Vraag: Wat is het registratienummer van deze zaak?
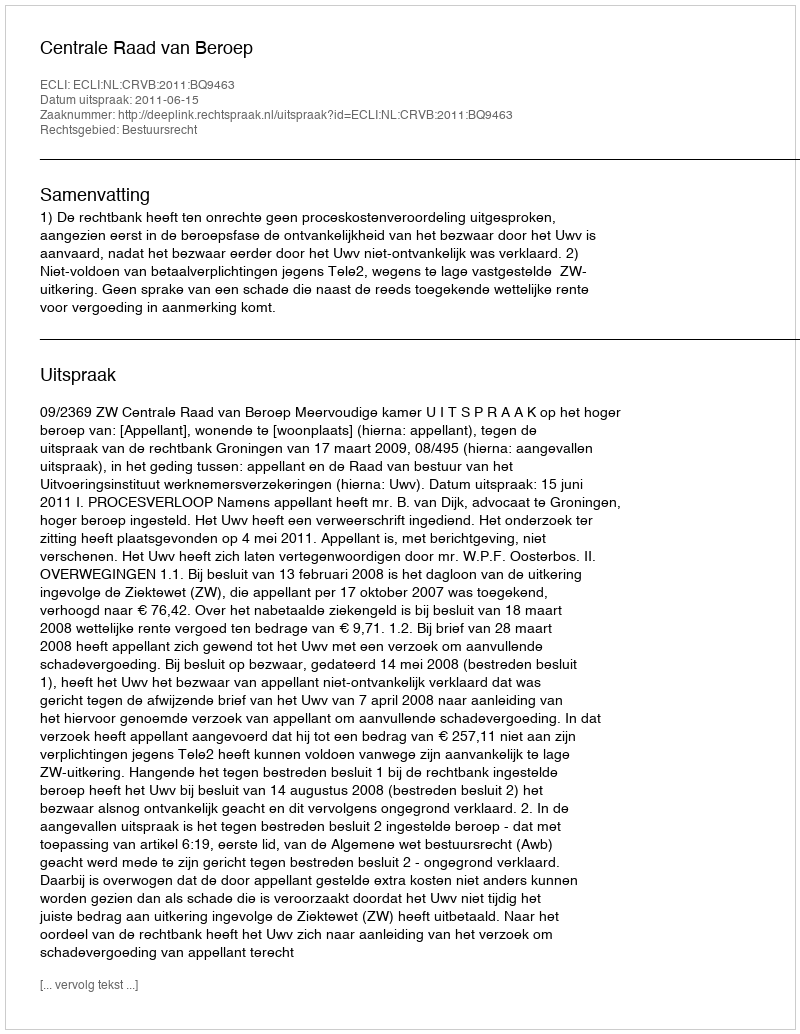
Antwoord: http://deeplink.rechtspraak.nl/uitspraak?id=ECLI:NL:CRVB:2011:BQ9463